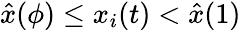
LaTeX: \hat{x}(\phi)\leq x_{i}(t)<\hat{x}(1)